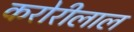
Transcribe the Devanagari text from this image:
करोरीलाल